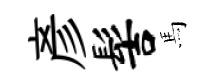
彥髻馬